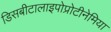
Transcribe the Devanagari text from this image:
डिसबीटालाइपोप्रोटीनेमिया